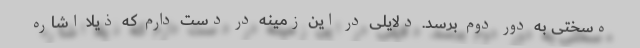
ه‌سختی به دور دوم برسد. دلایلی در این زمینه در دست دارم که ذیلاً اشاره